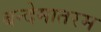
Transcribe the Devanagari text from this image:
बन्देमातरम